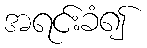
အရင်းခံ၍